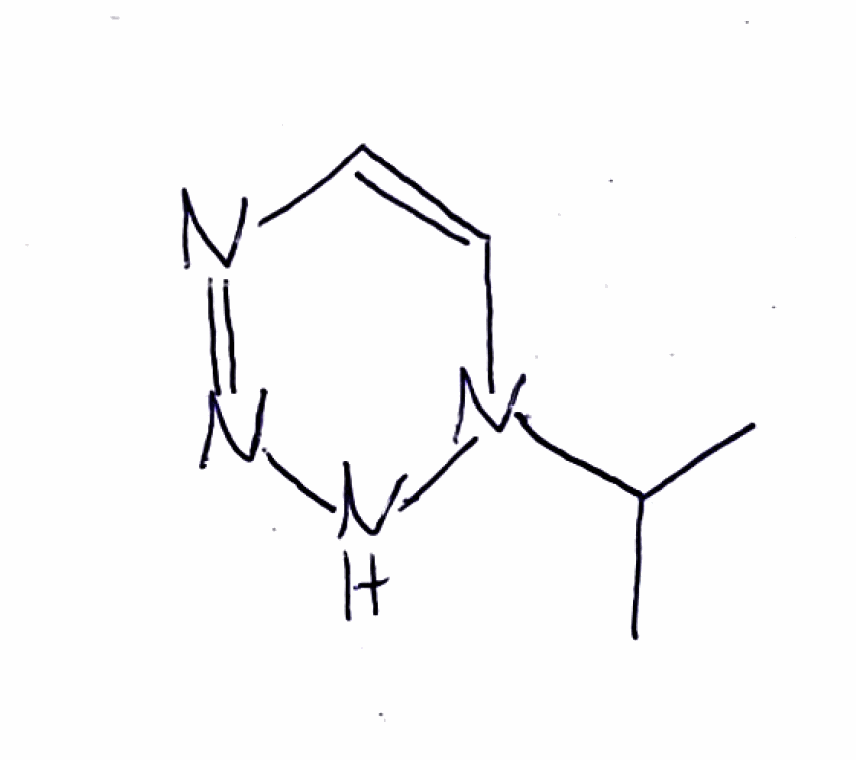
Simplified molecular-input line-entry system (SMILES) notation of the given molecule:
CC(C)N1C=CN=NN1